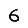
Digit: 6